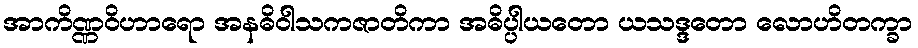
အာကိဏ္ဏဝိဟာရော အနဓိဝါသကဇာတိကာ အဓိပ္ပါယတော ယသဒ္ဒတော လောဟိတက္ခာ